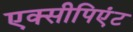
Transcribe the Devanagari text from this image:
एक्सीपिएंट